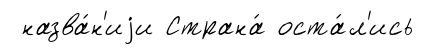
назва́н'иjи Страна́ оста́л'ись